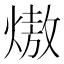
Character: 𭵶